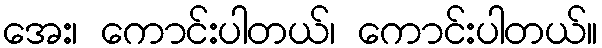
အေး၊ ကောင်းပါတယ်၊ ကောင်းပါတယ်။